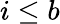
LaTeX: i\leq b